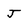
Character: J